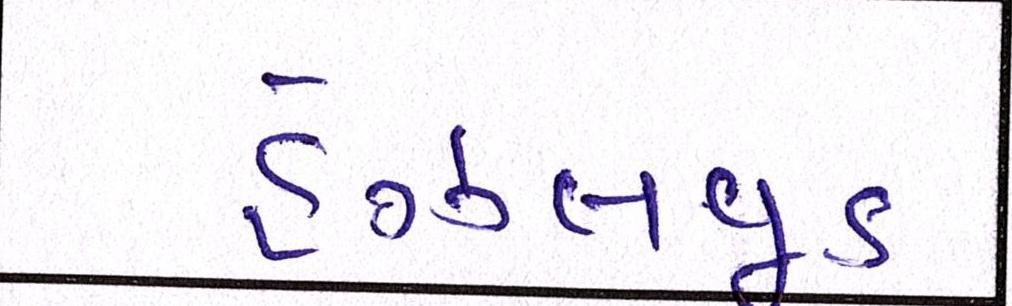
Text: હેઝલવૂડ